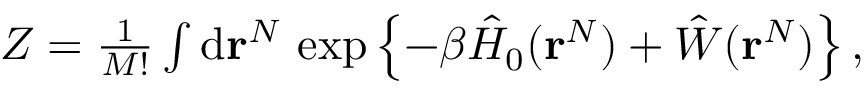
\begin{array} { r } { Z = \frac { 1 } { M ! } \int \mathrm { d } \mathbf { r } ^ { N } \, \exp \left\{ - \beta \hat { H } _ { 0 } ( \mathbf { r } ^ { N } ) + \hat { W } ( \mathbf { r } ^ { N } ) \right\} , } \end{array}